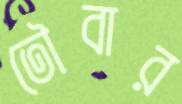
তৌবার